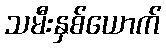
သမီးနှစ်ယောက်